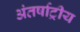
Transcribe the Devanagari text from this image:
अंतर्षाट्रीय